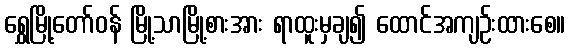
ရွှေမြို့တော်ဝန် မြို့သာမြို့စားအား ရာထူးမှချ၍ ထောင်အကျဉ်းထားစေ။